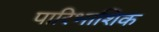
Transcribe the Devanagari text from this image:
पारिभाशिक